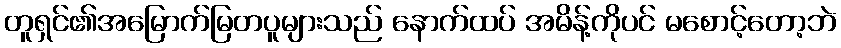
တူရှင်၏အမြောက်မြတပူများသည် နောက်ထပ် အမိန့်ကိုပင် မစောင့်တော့ဘဲ